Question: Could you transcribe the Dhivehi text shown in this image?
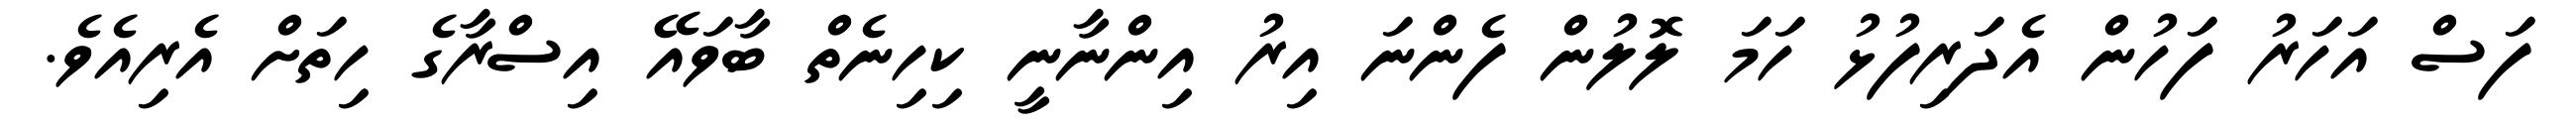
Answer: ފަސް އަހަރު ފަހުން އެދަރިފުޅު ހަމަ ލޮލުން ފެންނަ އިރު އިންނާނީ ކިހިނެތް ބާވައޭ އިސްރާގެ ހިތަށް އެރިއެވެ.